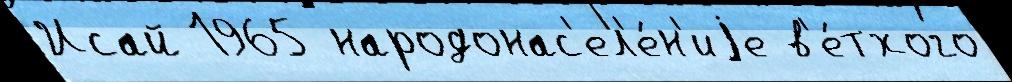
Исай 1965 народонас'ел'е́н'иjе в'е́тхого